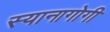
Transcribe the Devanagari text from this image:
स्यानागोगी